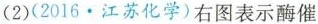
2)(2016.江苏化学)右图表示酶催